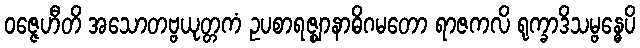
ဝဇ္ဇေဟီတိ အသောတဗ္ဗယုတ္တကံ ဥပစာရဇ္ဈာနာဓိဂမတော ရာဇကလိ ရုက္ခာဒိသမ္ဗန္ဓေပိ